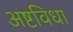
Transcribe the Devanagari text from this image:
अष्टविधा